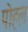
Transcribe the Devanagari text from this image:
पोहल